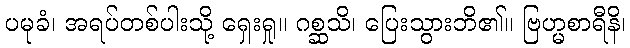
ပမုခံ၊ အရပ်တစ်ပါးသို့ ရှေးရှု။ ဂစ္ဆသိ၊ ပြေးသွားဘိ၏။ ဗြဟ္မစာရီနိ၊